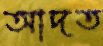
আদত